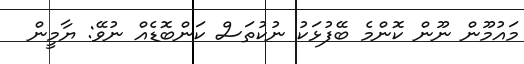
މައުމޫން ނޫން ކޮންމެ ބޭފުޅަކު ނުކުތަސް ކަންބޮޑެއް ނުވޭ: ޔާމީން